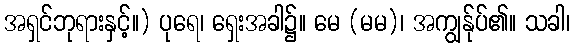
အရှင်ဘုရားနှင့်။) ပုရေ၊ ရှေးအခါ၌။ မေ (မမ)၊ အကျွန်ုပ်၏။ သခါ၊